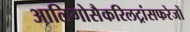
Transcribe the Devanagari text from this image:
आलिगोसैकरिलट्रांसफरेजों